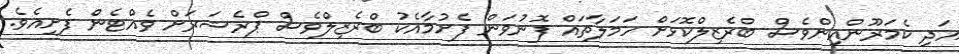
އަދި ކެމަރޫންއިންވެސް ބްރެޒިލްކޮޅަށް ހަމަލާތައް ފޮނުވަން ފެށުމާއެކު ބްރެޒިލްވެސް ޕްރެޝަރަށް ވެއްޓެން ފެށިއެވެ.